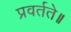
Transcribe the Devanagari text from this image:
प्रवर्तते॥